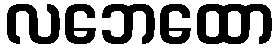
လဘေထော